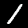
Digit: 1